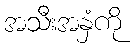
အသီးအနှံကို